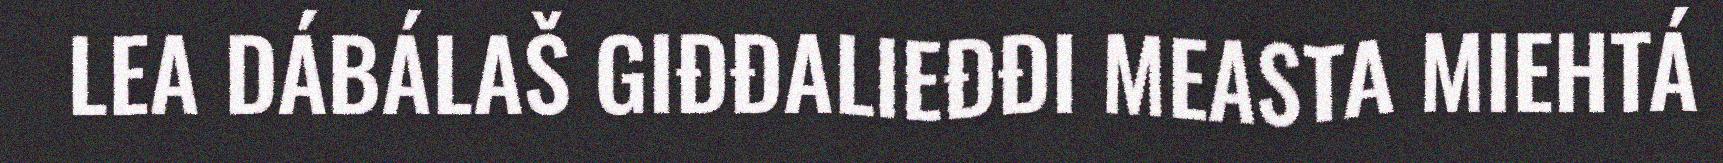
LEA DÁBÁLAŠ GIĐĐALIEĐĐI MEASTA MIEHTÁ